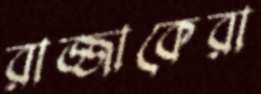
রাজ্জাকেরা